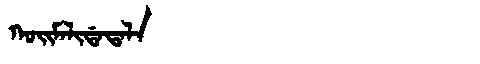
Manchu: ᡴᠣᡳᠮᠠᠯᡳᡩᠠᡨᠠᠯᠠ
Romanization: KOIMALIDATALA